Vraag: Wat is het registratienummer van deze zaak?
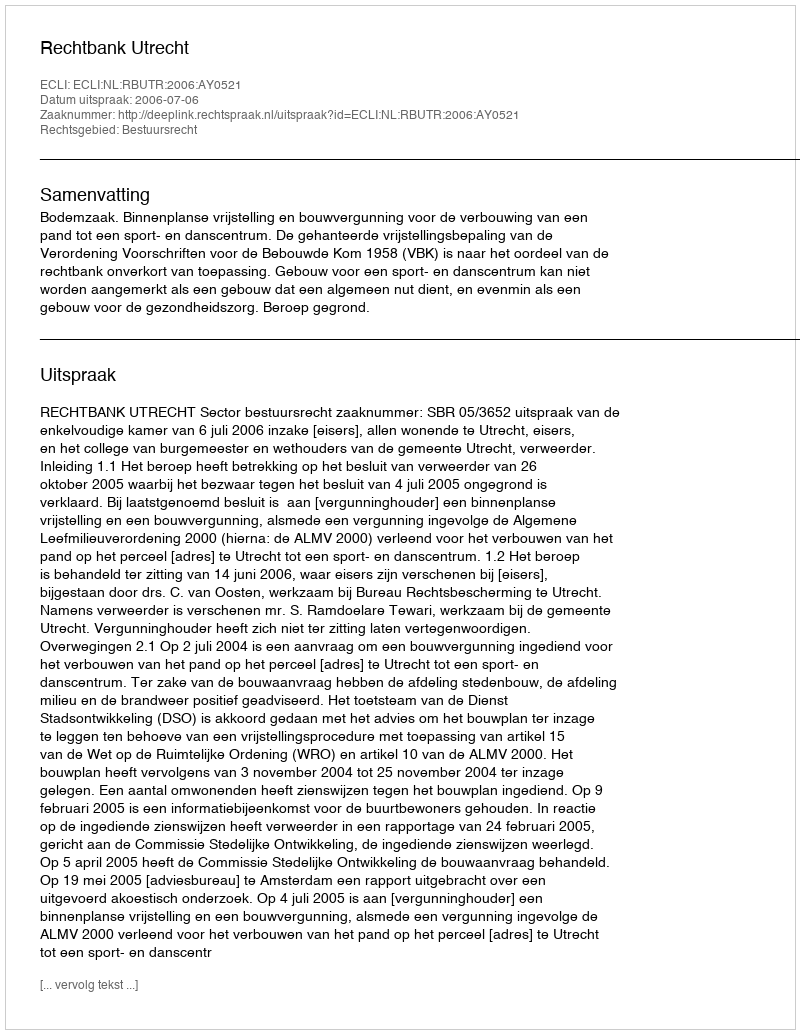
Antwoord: http://deeplink.rechtspraak.nl/uitspraak?id=ECLI:NL:RBUTR:2006:AY0521